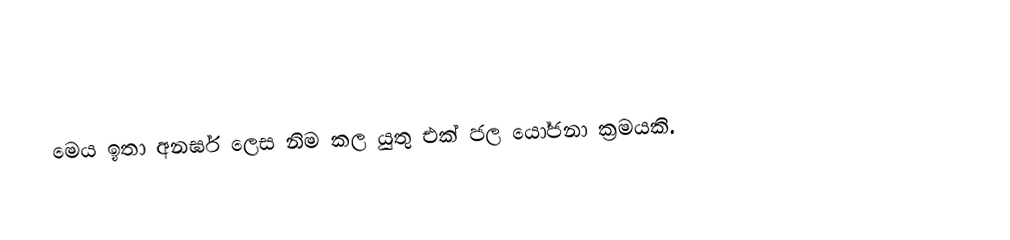
මෙය ඉතා අනර්ඝ ලෙස නිම කල යුතු එක් ජල යෝජනා ක්‍රමයකි.